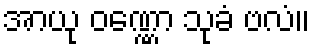
အာယု ဝဏ္ဏော သုခံ ဗလံ။